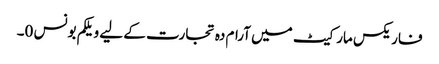
فاریکس مارکیٹ میں آرام دہ تجارت کے لیے ویلکم بونس 0۔